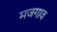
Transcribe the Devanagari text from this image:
मजगाव